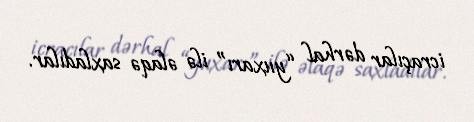
icraçılar dərhal “yuxarı” ilə əlaqə saxladılar.